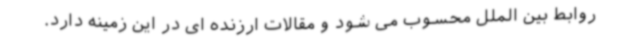
روابط بین الملل محسوب می شود و مقالات ارزنده ای در این زمینه دارد.